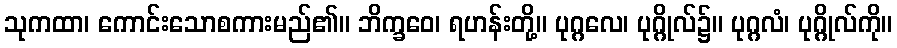
သုကထာ၊ ကောင်းသောစကားမည်၏။ ဘိက္ခဝေ၊ ရဟန်းတို့။ ပုဂ္ဂလေ၊ ပုဂ္ဂိုလ်၌။ ပုဂ္ဂလံ၊ ပုဂ္ဂိုလ်ကို။